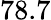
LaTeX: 78.7